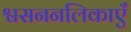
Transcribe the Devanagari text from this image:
श्वसननलिकाएँ